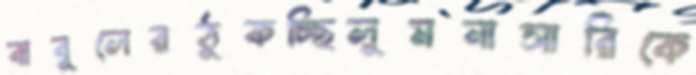
বাবুলেরঠুকচ্ছিলুমনাসারিকে